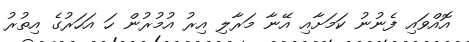
އޮއްވައި ފެނުނު ކަމަށާއި އޭނާ މަރާލި އިރު އުމުރުން ހަ އަހަރުގެ އިތުރު